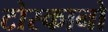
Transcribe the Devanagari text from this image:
टोस्कानो